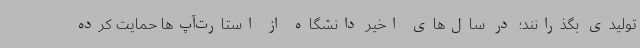
تولیدی بگذرانند؛ در سال‌های اخیر دانشگاه از استارت‌آپ‌ها حمایت کرده